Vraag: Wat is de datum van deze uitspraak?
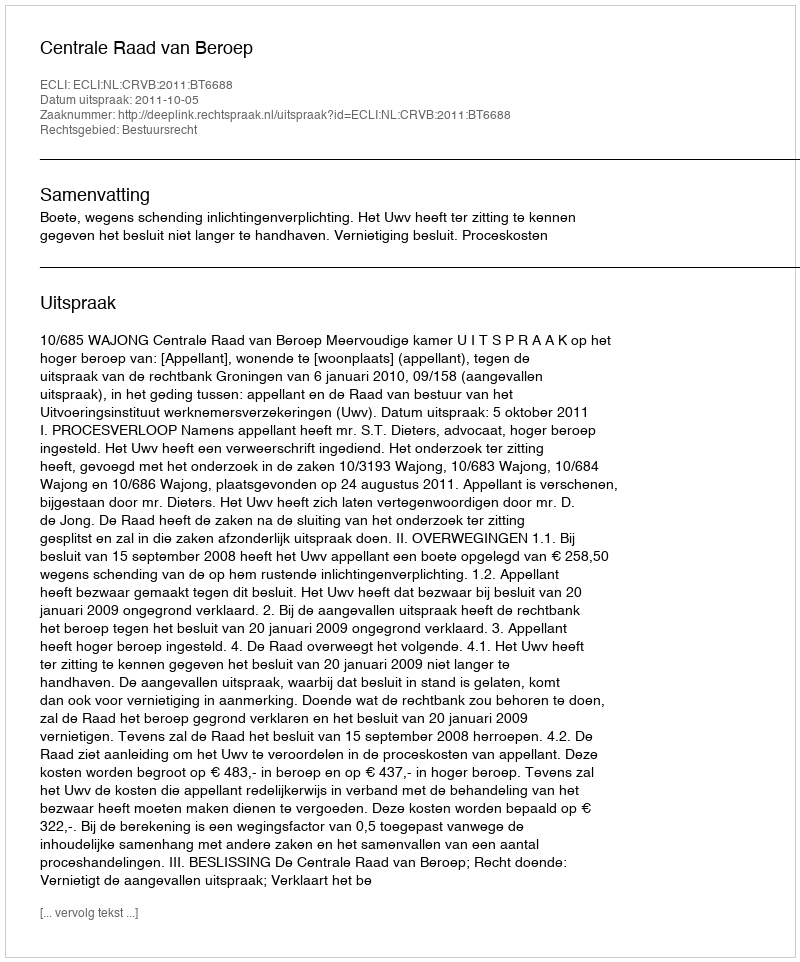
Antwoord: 2011-10-05